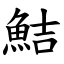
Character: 鮚